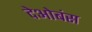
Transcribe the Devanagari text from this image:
देओबंस